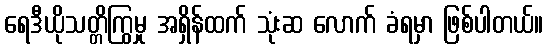
ရေဒီယိုသတ္တိကြွမှု အရှိန်ထက် သုံးဆ လောက် ခံရမှာ ဖြစ်ပါတယ်။